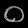
Digit: ၀